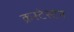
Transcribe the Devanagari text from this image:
क्रस्टेस्टन